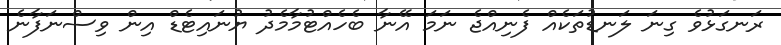
ރަނގަޅުވެ ގިނަ ލަނޑުތަކެއް ފެނިއްޖެ ނަމަ އޭނާ ބެހެއްޓުމާމެދު ޔުނައިޓެޑް އިން ވިސްނަފާނެ